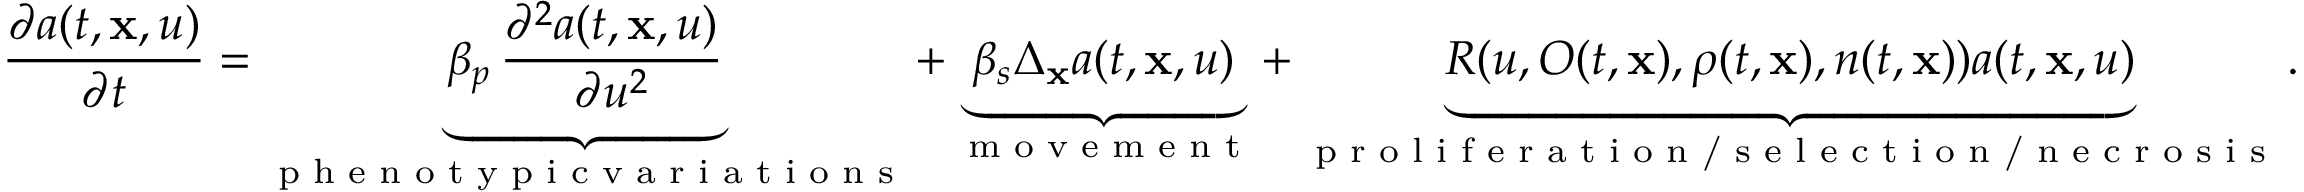
\frac { \partial a ( t , \mathbf { x } , u ) } { \partial t } = \underbrace { \beta _ { p } \, \frac { \partial ^ { 2 } a ( t , \mathbf { x } , u ) } { \partial u ^ { 2 } } } _ { \substack { \textup { p h e n o t y p i c v a r i a t i o n s } } } + \underbrace { \beta _ { s } \Delta _ { \mathbf { x } } a ( t , \mathbf { x } , u ) } _ { \textup { m o v e m e n t } } + \underbrace { R ( u , O ( t , \mathbf { x } ) , \rho ( t , \mathbf { x } ) , n ( t , \mathbf { x } ) ) a ( t , \mathbf { x } , u ) } _ { \textup { p r o l i f e r a t i o n / s e l e c t i o n / n e c r o s i s } } .